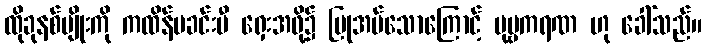
ထိုခုနစ်မျိုးကို ကထိန်မခင်းမီ ရှေးအဖို့၌ ပြုအပ်သောကြောင့် ပုဗ္ဗကရဏ ဟု ခေါ်သည်။